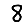
Digit: 8